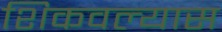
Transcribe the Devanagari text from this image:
शिकवल्यास